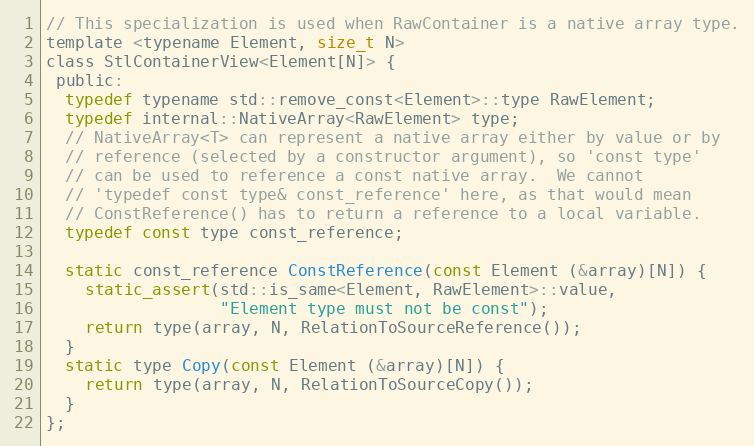
Language: C
// This specialization is used when RawContainer is a native array type.
template <typename Element, size_t N>
class StlContainerView<Element[N]> {
 public:
  typedef typename std::remove_const<Element>::type RawElement;
  typedef internal::NativeArray<RawElement> type;
  // NativeArray<T> can represent a native array either by value or by
  // reference (selected by a constructor argument), so 'const type'
  // can be used to reference a const native array.  We cannot
  // 'typedef const type& const_reference' here, as that would mean
  // ConstReference() has to return a reference to a local variable.
  typedef const type const_reference;

  static const_reference ConstReference(const Element (&array)[N]) {
    static_assert(std::is_same<Element, RawElement>::value,
                  "Element type must not be const");
    return type(array, N, RelationToSourceReference());
  }
  static type Copy(const Element (&array)[N]) {
    return type(array, N, RelationToSourceCopy());
  }
};